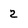
Character: 2